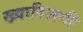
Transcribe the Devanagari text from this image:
ख्वारिज़मी